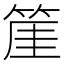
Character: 𥯅